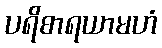
ပရိစာရယာမဟံ